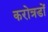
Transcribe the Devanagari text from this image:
करोत्रडों